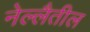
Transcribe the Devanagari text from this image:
नेल्लैतील